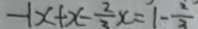
- 1 x + x - \frac { 2 } { 3 } x = 1 - \frac { 2 } { 3 }